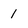
Character: 1